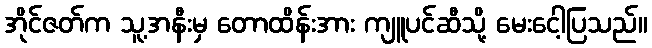
အိုင်ဇတ်က သူ့အနီးမှ တောထိန်းအား ကျူပင်ဆီသို့ မေးငေါ့ပြသည်။